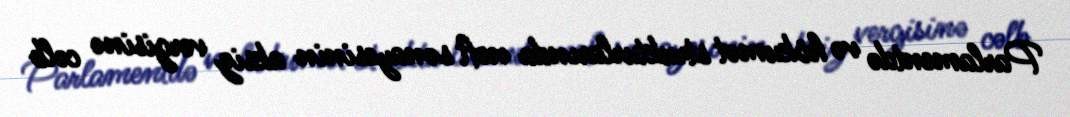
Parlamentdə və hökumət strukturlarında neft sənayesinin aksiz vergisinə cəlb